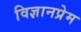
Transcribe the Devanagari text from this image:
विज्ञानप्रेम